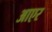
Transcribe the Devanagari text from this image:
आएर